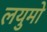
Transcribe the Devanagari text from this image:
लयुमो